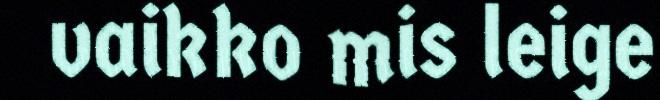
vaikko mis leige